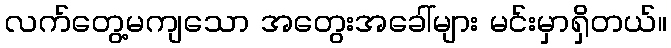
လက်တွေ့မကျသော အတွေးအခေါ်များ မင်းမှာရှိတယ်။